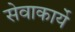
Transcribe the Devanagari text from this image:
सेवाकार्ये